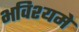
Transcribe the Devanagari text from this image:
भविश्यमे